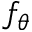
f _ { \theta }